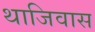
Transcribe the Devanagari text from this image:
थाजिवास